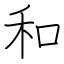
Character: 和